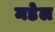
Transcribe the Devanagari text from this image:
मडेल